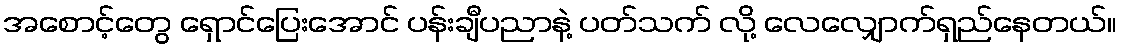
အစောင့်တွေ ရှောင်ပြေးအောင် ပန်းချီပညာနဲ့ ပတ်သက် လို့ လေလျှောက်ရှည်နေတယ်။